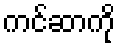
ကင်ဆာကို